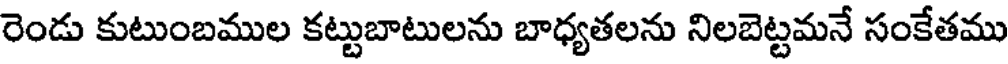
రెండు కుటుంబముల కట్టుబాటులను బాధ్యతలను నిలబెట్టమనే సంకేతము